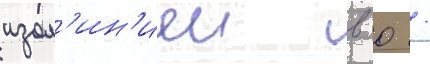
изол'ин'иеи в 0 /